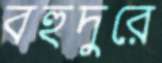
বহুদুরে